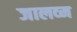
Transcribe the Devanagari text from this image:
जालव्म